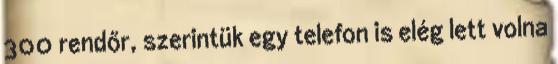
300 rendőr, szerintük egy telefon is elég lett volna